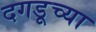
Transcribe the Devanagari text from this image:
दगडूच्या